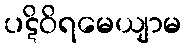
ပဋိဝိရမေယျာမ